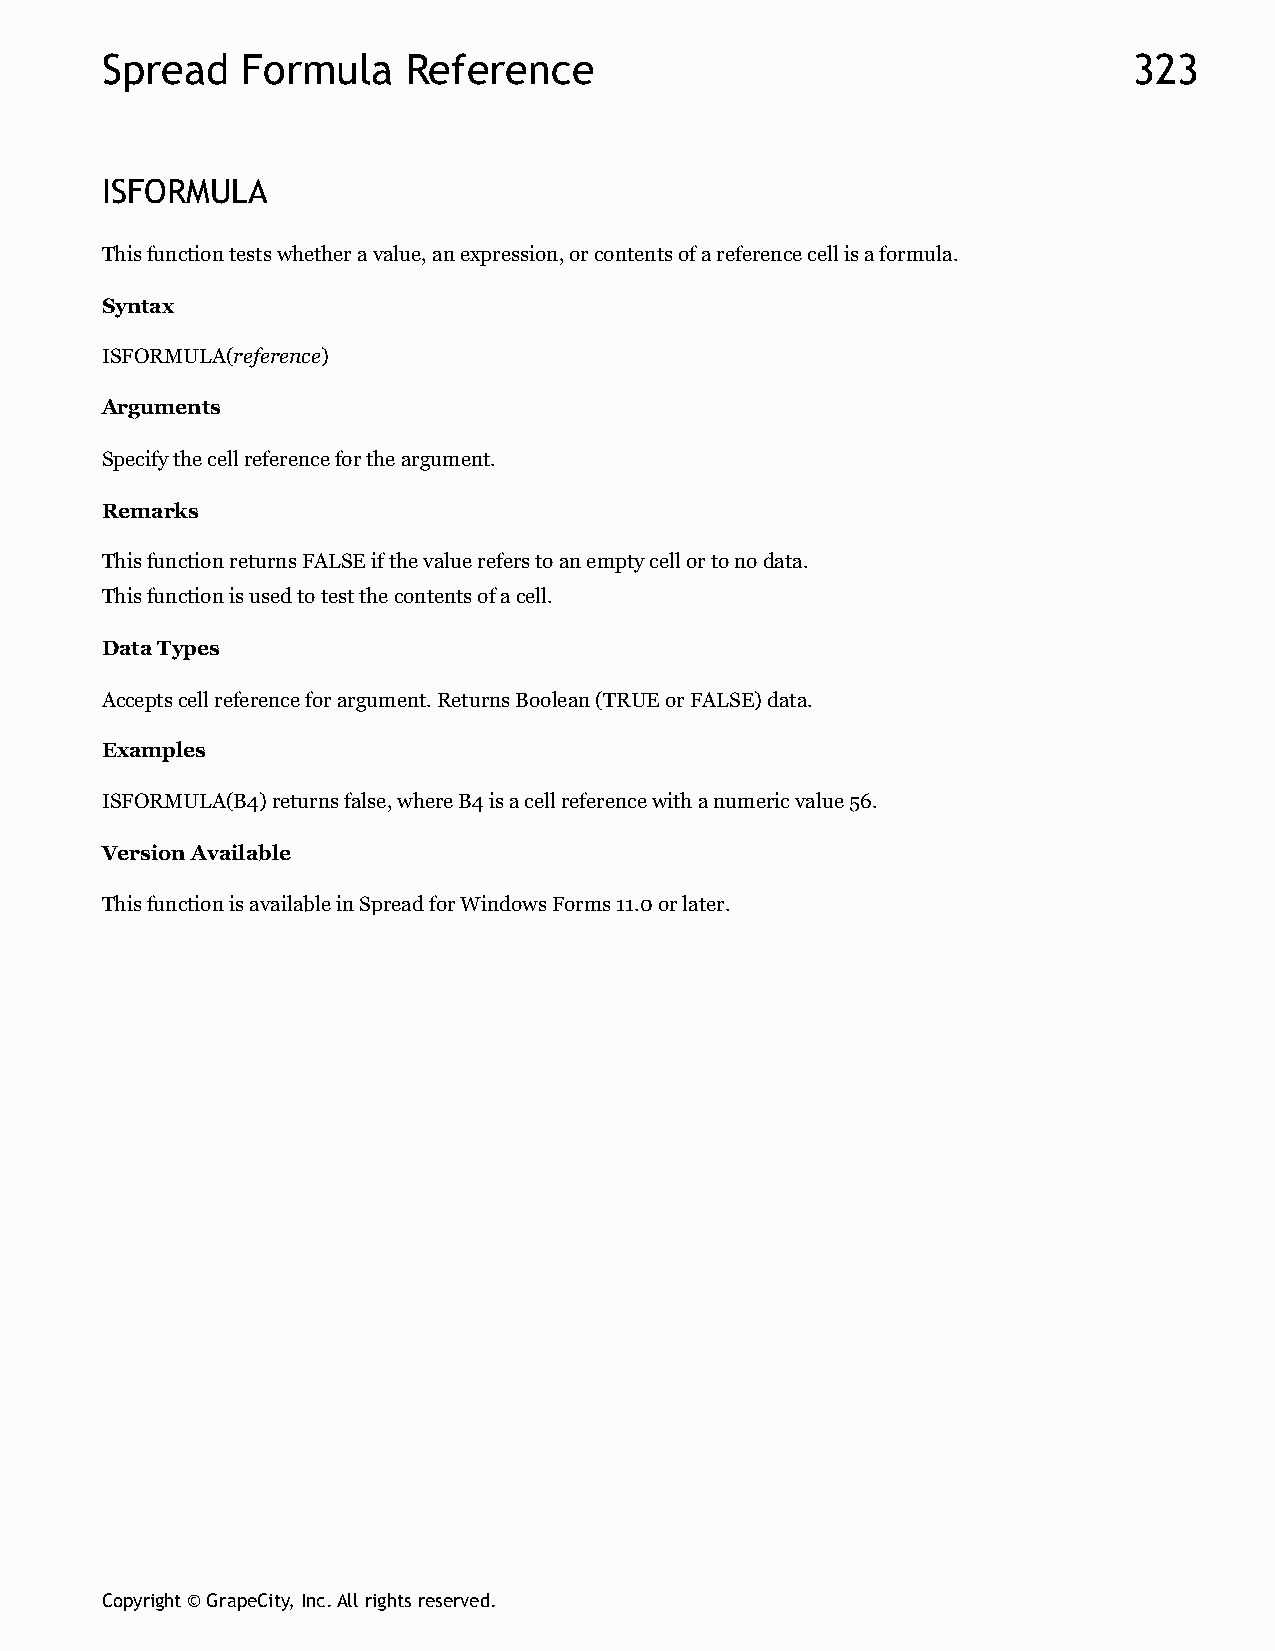
Spread   Formula    Reference                                       323
 ISFORMULA
 This function tests whether a value, an expression, or contents of a reference cell is a formula.
 Syntax
 ISFORMULA(reference)
 Arguments
 Specify the cell reference for the argument.
 Remarks
 This function returns FALSE if the value refers to an empty cell or to no data.
 This function is used to test the contents of a cell.
 Data Types
 Accepts cell reference for argument. Returns Boolean (TRUE or FALSE) data.
 Examples
 ISFORMULA(B4) returns false, where B4 is a cell reference with a numeric value 56.
 Version Available
 This function is available in Spread for Windows Forms 11.0 or later.
 Copyright © GrapeCity, Inc. All rights reserved.